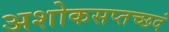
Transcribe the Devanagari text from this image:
अशोकसप्तच्छदं